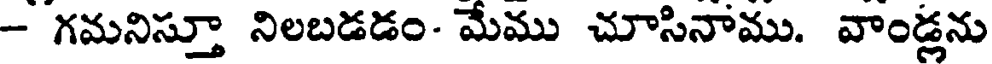
- గమనిస్తూ నిలబడడం- మేము చూసినాము. వాండ్లను